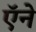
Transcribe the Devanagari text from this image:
ऍने